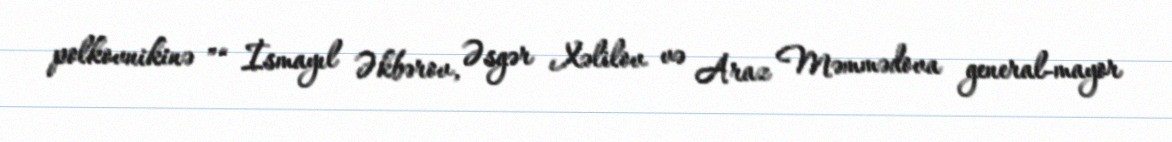
polkovnikinə ”“ İsmayıl Əkbərov, Əsgər Xəlilov və Araz Məmmədova general-mayor